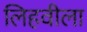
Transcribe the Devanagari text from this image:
लिहवीला